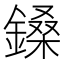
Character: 鎟